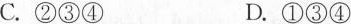
C.②③④ D.①③④